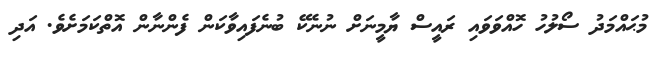
މުޙައްމަދު ސޯލުހު ހޮއްވަވައި ރައީސް ޔާމީނަށް ނުނެކޭ ބުނެފައިވާކަން ފެންނާން އޮތްކަމަށެވެ. އަދި